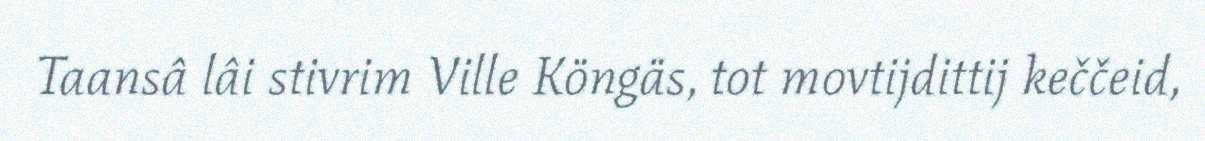
Taansâ lâi stivrim Ville Köngäs, tot movtijdittij keččeid,